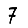
Digit: 7